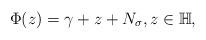
LaTeX: \begin{align*}\Phi(z)=\gamma+z+N_{\sigma},z\in\mathbb{H},\end{align*}